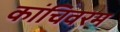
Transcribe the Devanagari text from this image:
कांचिवरम